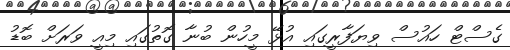
ގެސްޓް ހައުސް ވިޔަފާރީގައި އުޅޭ މީހުން ބުނާ ގޮތުގައި މިއީ ވަރަށް ބޮޑު